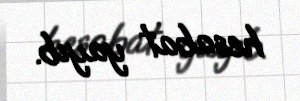
hesabat yayıb.